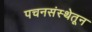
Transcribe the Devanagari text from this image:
पचनसंस्थेतून